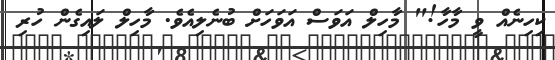
ކިހިނެއް ވީ މާހާ!" މާހިލް އަވަސް އަވަހަށް ބުނެލިއެވެ. މާހިލް ލައިގެން ހުރިި